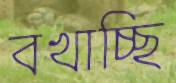
বখাচ্ছি